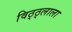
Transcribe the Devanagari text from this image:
विठ्ठ्लाला